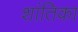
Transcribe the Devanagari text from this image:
शांतिका